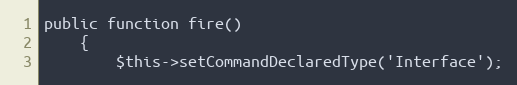
Language: PHP
public function fire()
    {
        $this->setCommandDeclaredType('Interface');